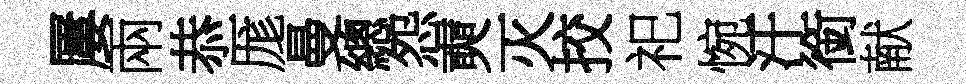
屢兩恭厖曼總怨奭灭挍祀惋汗銜献